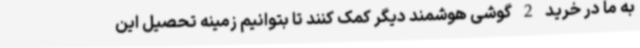
به ما در خرید 2 گوشی هوشمند دیگر کمک کنند تا بتوانیم زمینه تحصیل این